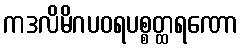
ကဒလိမိဂပဝရပစ္စတ္ထရဏော